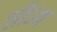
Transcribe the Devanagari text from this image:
लीऽथ